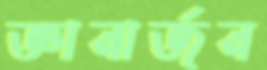
জ্ঞানার্জন